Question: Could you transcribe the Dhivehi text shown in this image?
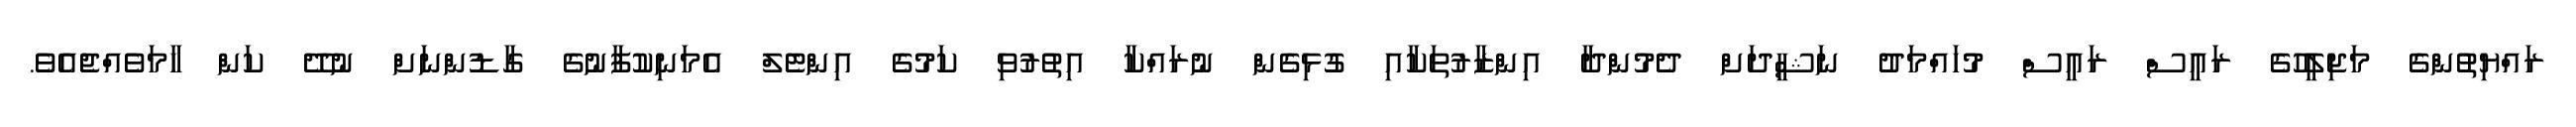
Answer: ރައްޔިތުންގެ މަޖިލީހުގެ ރައީސް ރައީސް މުހައްމަދު ނަޝީދަށް ދެމުންދާ އިންޒާރުތަކާއި ގުޅިގެން ނުރައްކާ އިތުރުވި ކަމުގެ އިންޓެލް އެމަނިކުފާނުގެ ގާޑުންނަށް ނުދޭ ކަން ހާމަވެއްޖެއެވެ.